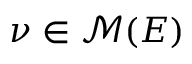
\nu \in \mathcal { M } ( E )